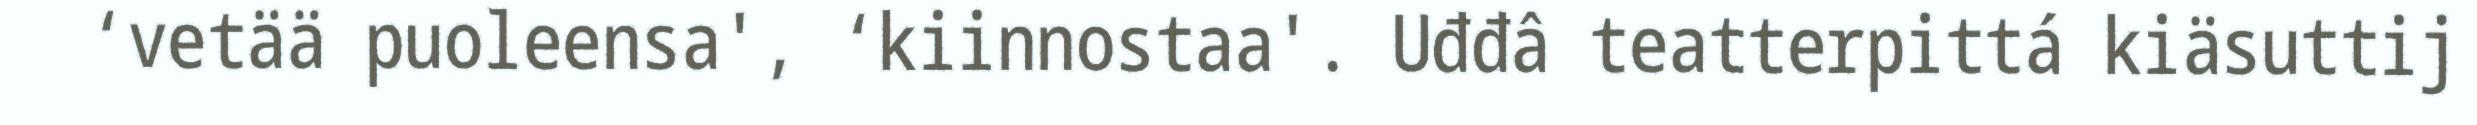
‘vetää puoleensa', ‘kiinnostaa'. Uđđâ teatterpittá kiäsuttij